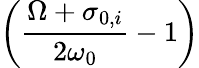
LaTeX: \left(\frac{\Omega+\sigma_{0,i}}{2\omega_{0}}-1\right)